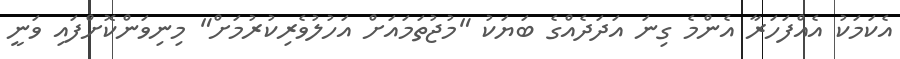
އެކަމަކު އެއްފަހަރާ އެންމެ ގިނަ އަދަދެއްގެ ބަޔަކު "މުޖުތަމައަށް އަހުލުވެރިކުރުމަށް" މިނިވަންކޮށްފައި ވަނީ